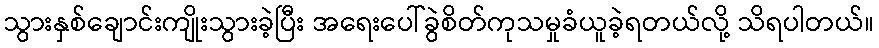
သွားနှစ်ချောင်းကျိုးသွားခဲ့ပြီး အရေးပေါ်ခွဲစိတ်ကုသမှုခံယူခဲ့ရတယ်လို့ သိရပါတယ်။